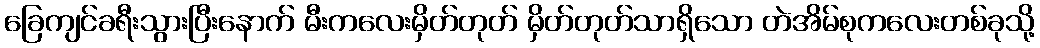
ခြေကျင်ခရီးသွားပြီးနောက် မီးကလေးမှိတ်တုတ် မှိတ်တုတ်သာရှိသော တဲအိမ်စုကလေးတစ်ခုသို့